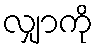
လျှာကို